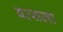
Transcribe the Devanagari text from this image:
वत्‍सला